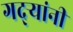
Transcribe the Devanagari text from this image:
गद्र्‍यांनी